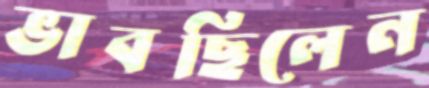
ভাবছিলেন